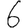
Digit: 6